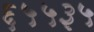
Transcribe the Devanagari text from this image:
६५५३५